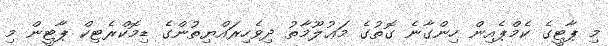
މި ޕާޓީގެ ކެމްޕެއިން ހިންގާނެ ގޮތުގެ މަޢުލޫމާތު ދިވެހިރައްޔިތުންގެ ޑިމޮކްރެޓިކް ޕާޓީން މި